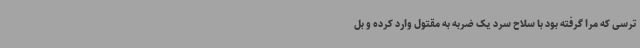
ترسی که مرا گرفته بود با سلاح سرد یک ضربه به مقتول وارد کرده و بل